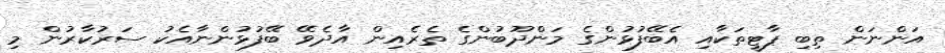
އަންނަން ތިބި ޕާޓީތަކާއި އެބޭފުޅުންގެ މަންދޫބުންގެ ތެެރެއިން އާދެވޭ ބޭފުޅުންނާއެކު ސަރުކާރުން މި